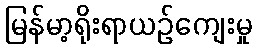
မြန်မာ့ရိုးရာယဉ်ကျေးမှု